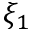
\xi _ { 1 }